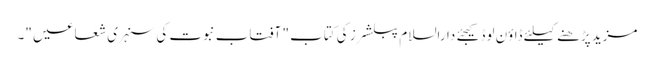
مزید پڑھنے کیلئے ڈاؤن لوڈ کیجئے دارالسلام پبلشرز کی کتاب " آفتاب نبوت کی سنہری شعاعیں "۔